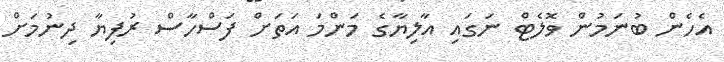
އެހެން ބުނަމުން ވޮލެޓް ނަގައި އާލިޔާގެ މަންމަ އަތަށް ފަސްހާސް ރުފިޔާ ދިނުމަށް